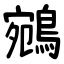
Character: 鵷